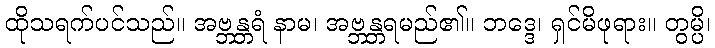
ထိုသရက်ပင်သည်။ အဗ္ဘန္တရံ နာမ၊ အဗ္ဘန္တရမည်၏။ ဘဒ္ဒေ၊ ရှင်မိဖုရား။ တွမ္ပိ၊